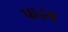
પાડવ